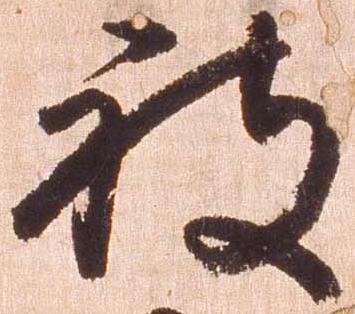
被